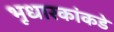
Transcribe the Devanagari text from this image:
भूधारकांकडे